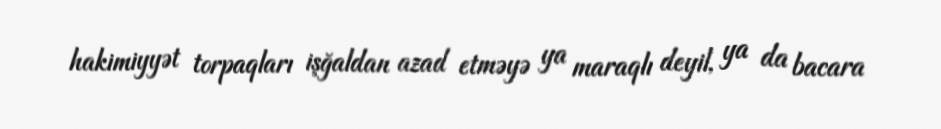
hakimiyyət torpaqları işğaldan azad etməyə ya maraqlı deyil, ya da bacara